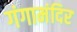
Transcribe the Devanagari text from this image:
गंगामंदिर